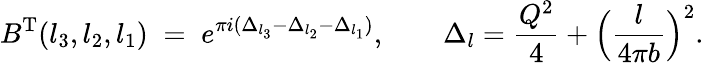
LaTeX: B^{\mathrm{T}}(l_{3},l_{2},l_{1})\; =\; e^{\pi i(\Delta_{l_{3}}-\Delta_{l_{2}}-\Delta_{l_{1}})},\qquad\Delta_{l}=\frac{Q^{2}}{4}+\Bigl(\frac{l}{4\pi b}\Bigr)^{2}.